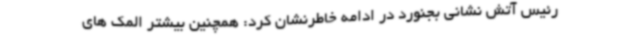
رئیس آتش نشانی بجنورد در ادامه خاطرنشان کرد: همچنین بیشتر المک های